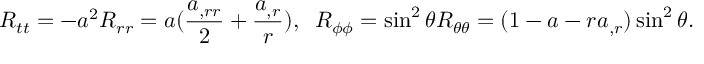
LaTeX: R _ { t t } = - a ^ { 2 } R _ { r r } = a ( \frac { a _ { , r r } } { 2 } + \frac { a _ { , r } } { r } ) , \; \; R _ { \phi \phi } = \sin ^ { 2 } \theta R _ { \theta \theta } = ( 1 - a - r a _ { , r } ) \sin ^ { 2 } \theta .